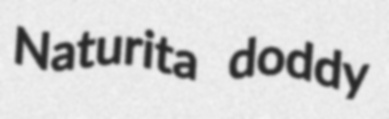
Naturita doddy